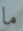
ما